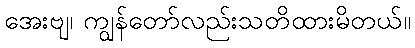
အေးဗျ၊ ကျွန်တော်လည်းသတိထားမိတယ်။